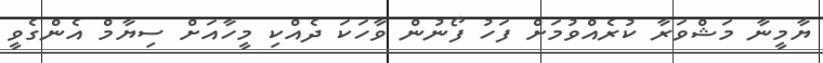
ޔާމީނާ މަޝްވަރާ ކުރެއްވުމަށް ފަހު ފޯނުން ވާހަކަ ދެއްކި މީހާއަށް ސިޔާމް އެންގެވީ